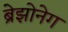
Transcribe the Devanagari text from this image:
ब्रेझोनेग